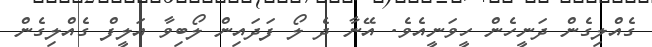
ގެއްލިގެން ދަނީހެން ހީވަނީއެވެ. އޭނާ ދެ ލޯ ފަދައިން ލޯބިވާ އަލީފް ގެއްލިގެން